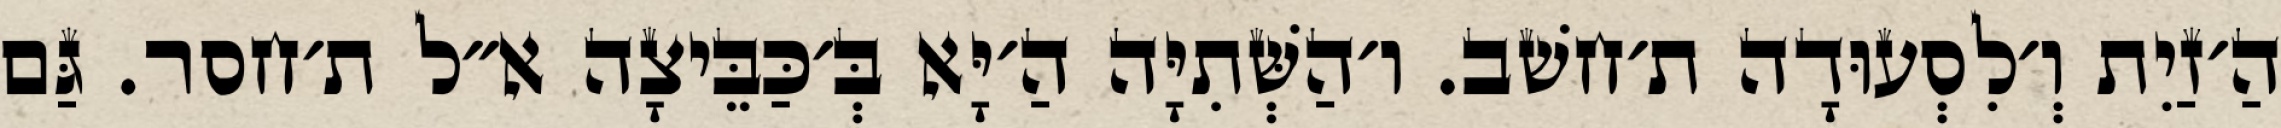
הַ׳זַיִת וְ׳לִסְעוּדָה ת׳חשׁב. ו׳הַשְּׁתִיָּה הַ׳יָּא בְּ׳כַּבֵּיצָה א״ל ת׳חסר. גַּם